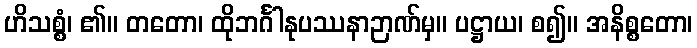
ဟိသစ္စံ၊ ၏။ တတော၊ ထိုဘင်္ဂါနုပဿနာဉာဏ်မှ။ ပဋ္ဌာယ၊ စ၍။ အနိစ္စတော၊